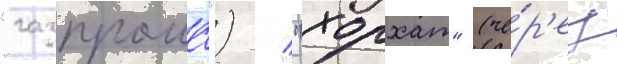
"газпрома") / "хорхат" (че́р'ез